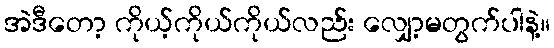
အဲဒီတော့ ကိုယ့်ကိုယ်ကိုယ်လည်း လျှော့မတွက်ပါနဲ့။